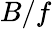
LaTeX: B/f